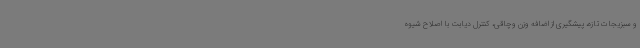
و سبزیجات تازه، پیشگیری از اضافه وزن وچاقی، کنترل دیابت با اصلاح شیوه